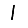
Digit: 1